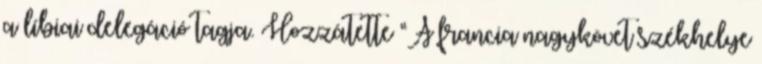
a líbiai delegáció tagja. Hozzátette “A francia nagykövet székhelye